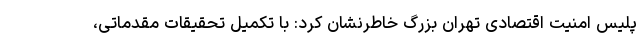
پلیس امنیت اقتصادی تهران بزرگ خاطرنشان کرد: با تکمیل تحقیقات مقدماتی،